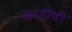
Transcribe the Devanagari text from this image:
खाडीची